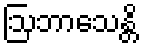
ဩဘာသေန္တိ